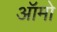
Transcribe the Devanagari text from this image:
ऑमो